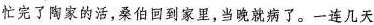
忙完了陶家的活，桑伯回到家里，当晚就病了。一连几天